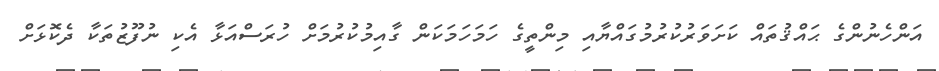
އަންހެނުންގެ ޙައްޤުތައް ކަށަވަރުކުރުމުގައްޔާއި މިންތީގެ ހަމަހަމަކަން ގާއިމުކުރުމަށް ހުރަސްއަޅާ އެކި ނުފޫޒުތަކާ ދެކޮޅަށް